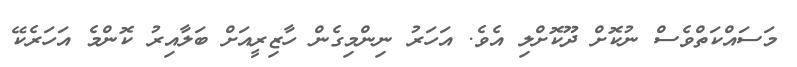
މަސައްކަތްވެސް ނުކޮށް ދޫކޮށްލި އެވެ. އަހަރު ނިންމިގެން ހާޒިރީއަށް ބަލާއިރު ކޮންމެ އަހަރެކޭ